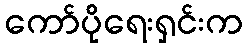
ကော်ပိုရေးရှင်းက